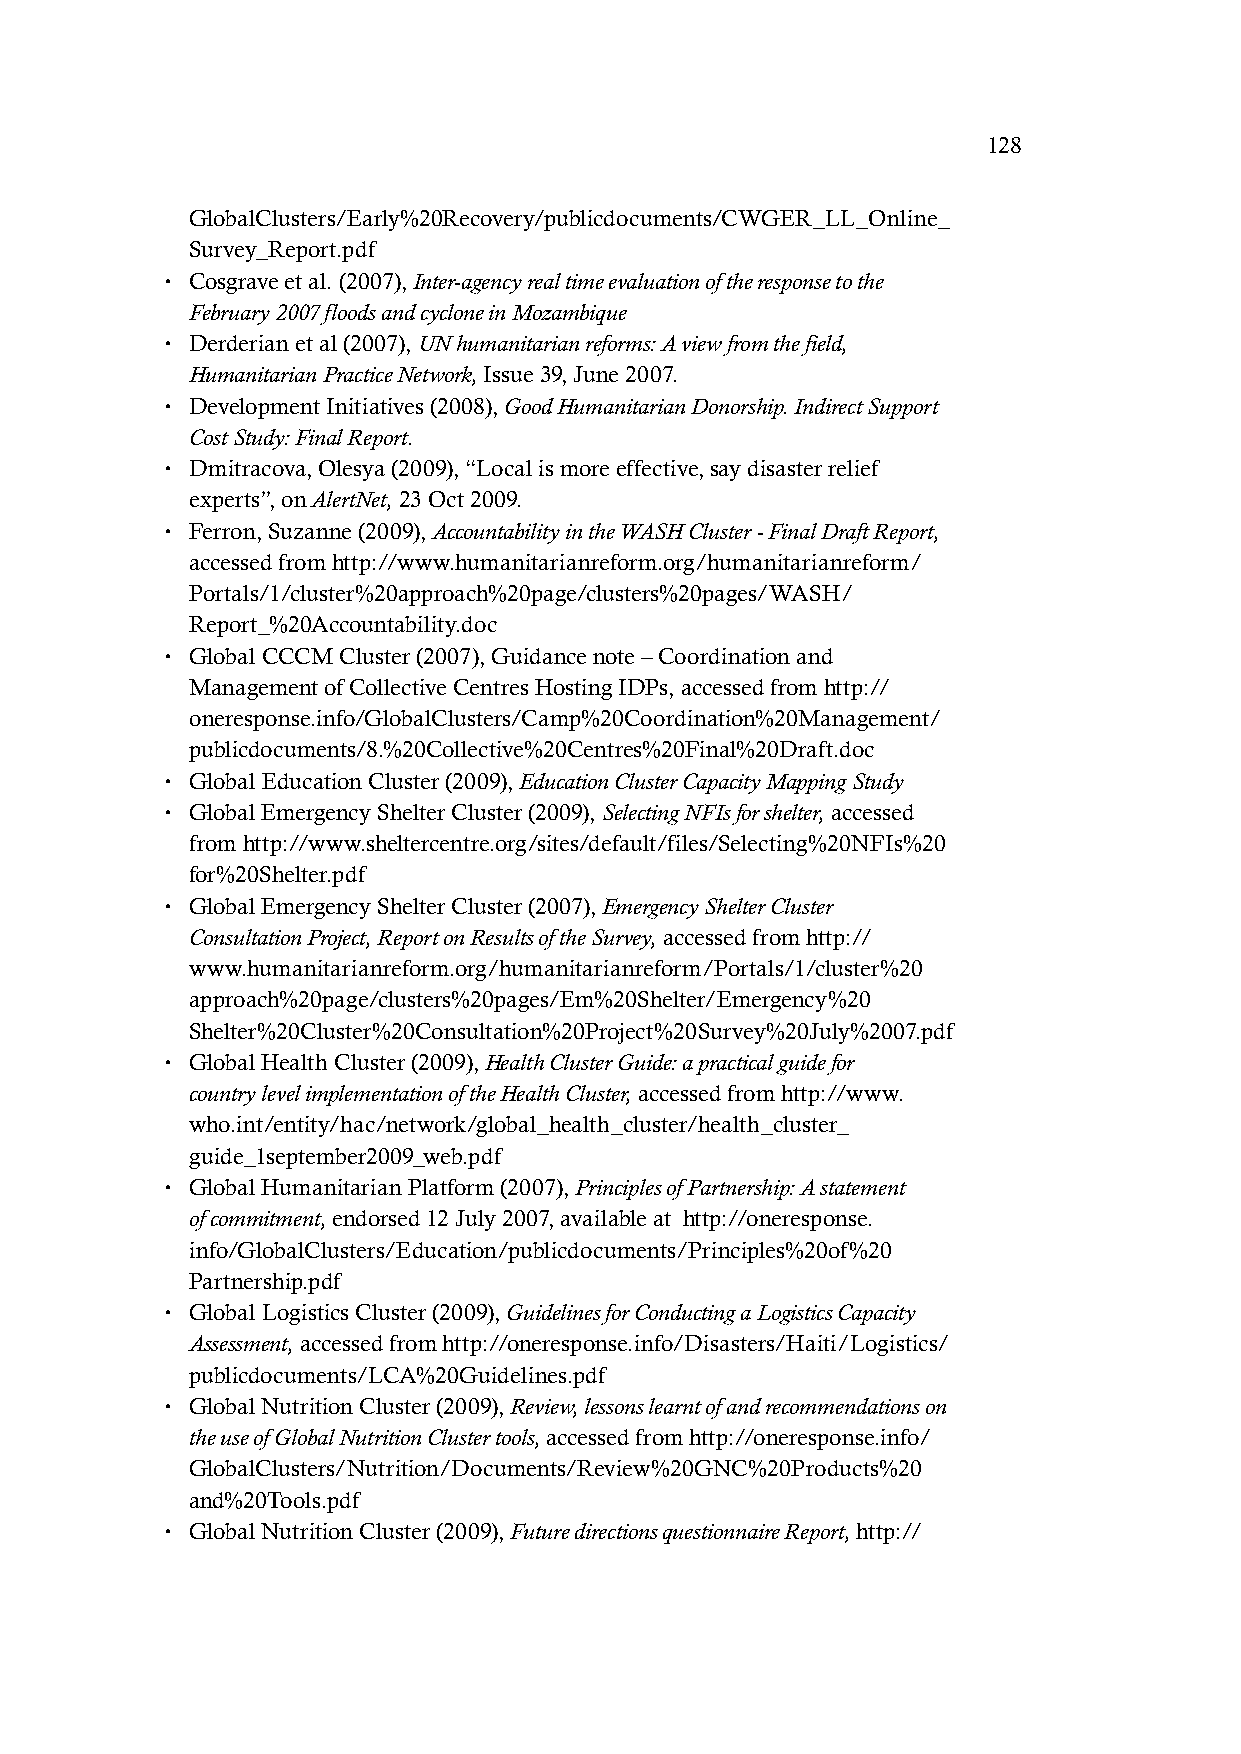
128
 GlobalClusters/Early%20Recovery/publicdocuments/CWGER_LL_Online_
 Survey_Report.pdf
 • Cosgrave et al. (2007), Inter-agency real time evaluation of the response to the
 February 2007 floods and cyclone in Mozambique
 • Derderian et al (2007), UN humanitarian reforms: A view from the field,
 Humanitarian Practice Network, Issue 39, June 2007.
 • Development Initiatives (2008), Good Humanitarian Donorship. Indirect Support
 Cost Study: Final Report.
 • Dmitracova, Olesya (2009), “Local is more effective, say disaster relief
 experts”, on AlertNet, 23 Oct 2009.
 • Ferron, Suzanne (2009), Accountability in the WASH Cluster - Final Draft Report,
 accessed from http://www.humanitarianreform.org/humanitarianreform/
 Portals/1/cluster%20approach%20page/clusters%20pages/WASH/
 Report_%20Accountability.doc
 • Global CCCM Cluster (2007), Guidance note – Coordination and
 Management of Collective Centres Hosting IDPs, accessed from http://
 oneresponse.info/GlobalClusters/Camp%20Coordination%20Management/
 publicdocuments/8.%20Collective%20Centres%20Final%20Draft.doc
 • Global Education Cluster (2009), Education Cluster Capacity Mapping Study
 • Global Emergency Shelter Cluster (2009), Selecting NFIs for shelter, accessed
 from http://www.sheltercentre.org/sites/default/files/Selecting%20NFIs%20
 for%20Shelter.pdf
 • Global Emergency Shelter Cluster (2007), Emergency Shelter Cluster
 Consultation Project, Report on Results of the Survey, accessed from http://
 www.humanitarianreform.org/humanitarianreform/Portals/1/cluster%20
 approach%20page/clusters%20pages/Em%20Shelter/Emergency%20
 Shelter%20Cluster%20Consultation%20Project%20Survey%20July%2007.pdf
 • Global Health Cluster (2009), Health Cluster Guide: a practical guide for
 country level implementation of the Health Cluster, accessed from http://www.
 who.int/entity/hac/network/global_health_cluster/health_cluster_
 guide_1september2009_web.pdf
 • Global Humanitarian Platform (2007), Principles of Partnership: A statement
 of commitment, endorsed 12 July 2007, available at http://oneresponse.
 info/GlobalClusters/Education/publicdocuments/Principles%20of%20
 Partnership.pdf
 • Global Logistics Cluster (2009), Guidelines for Conducting a Logistics Capacity
 Assessment, accessed from http://oneresponse.info/Disasters/Haiti/Logistics/
 publicdocuments/LCA%20Guidelines.pdf
 • Global Nutrition Cluster (2009), Review, lessons learnt of and recommendations on
 the use of Global Nutrition Cluster tools, accessed from http://oneresponse.info/
 GlobalClusters/Nutrition/Documents/Review%20GNC%20Products%20
 and%20Tools.pdf
 • Global Nutrition Cluster (2009), Future directions questionnaire Report, http://